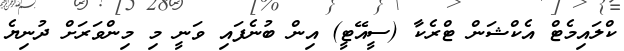
ކްލައިމެޓް އެކްޝަން ޓްރެކާ (ސީއޭޓީ) އިން ބުނެފައި ވަނީ މި މިންވަރަށް ދުނިޔެ